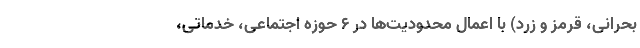
بحرانی، قرمز و زرد) با اعمال محدودیت‌ها در ۶ حوزه اجتماعی، خدماتی،